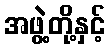
အဖွဲ့တို့နှင့်